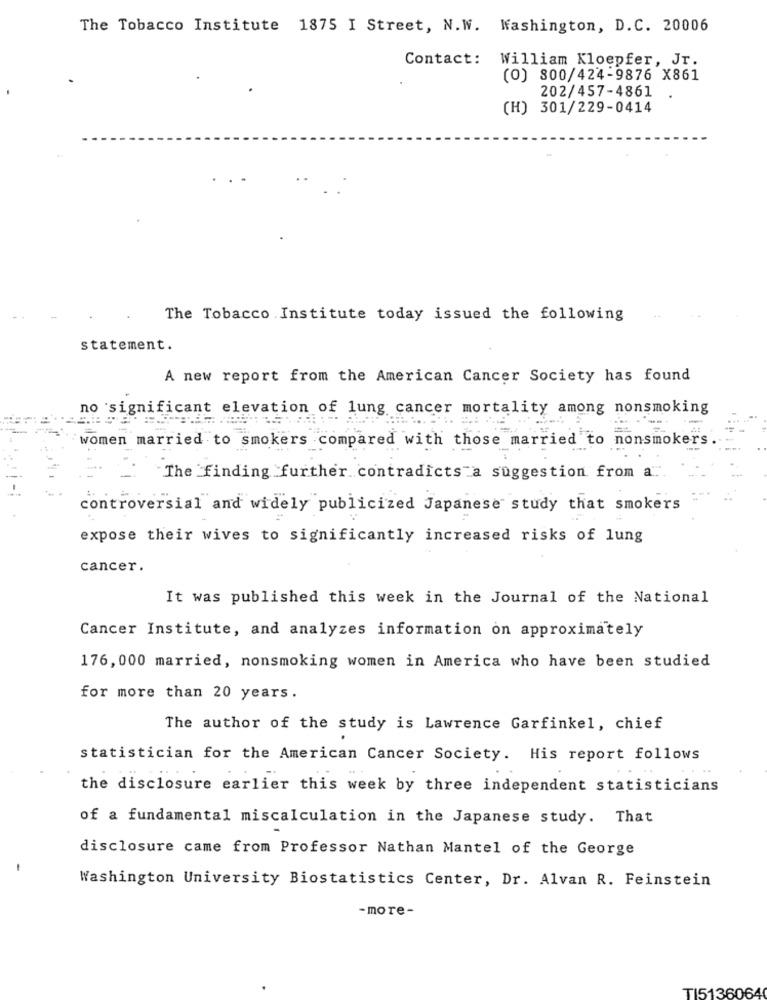
The Tobacco Institute 1875 I Street, N.W. Washington, D.C. 20006
Contact:
William Kloepfer, Jr.
(0) 800/424-9876 X861
202/457-4861
(H) 301/229-0414
The Tobacco Institute today issued the following
statement.
A new report from the American Cancer Society has found
no significant elevation of lung cancer mortality among nonsmoking
women married to smokers compared with those married to nonsmokers
The finding further contradicts a suggestion from a.
controversial and widely publicized Japanese study that smokers
expose their wives to significantly increased risks of lung
cancer.
It was published this week in the Journal of the National
Cancer Institute, and analyzes information on approximately
176,000 married, nonsmoking women in America who have been studied
for more than 20 years .
The author of the study is Lawrence Garfinkel, chief
statistician for the American Cancer Society. His report follows
the disclosure earlier this week by three independent statisticians
of a fundamental miscalculation in the Japanese study. That
disclosure came from Professor Nathan Mantel of the George
-
Washington University Biostatistics Center, Dr. Alvan R. Feinstein
-more-
TI5136064